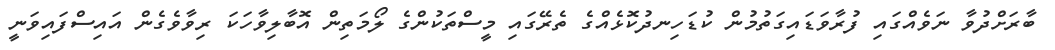
ބާރަށްދުވާ ނަވެއްގައި ފުރާވަޑައިގަތުމުން ކުޑަހިނދުކޮޅެއްގެ ތެރޭގައި މީސްތަކުންގެ ލޯމަތިން އޮބާލިވާހަކަ ރިވާވެގެން އައިސްފައިވަނީ